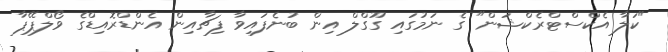
"ކަލާ އެކްސްޓްރެކްޝަން" ގެ ނަމުގައި ގޫގްލް އިން ބުނެފައިވާ ފިޗާއިން އެންޑްރޮއިޑްގެ ވޯލްޕޭޕާ